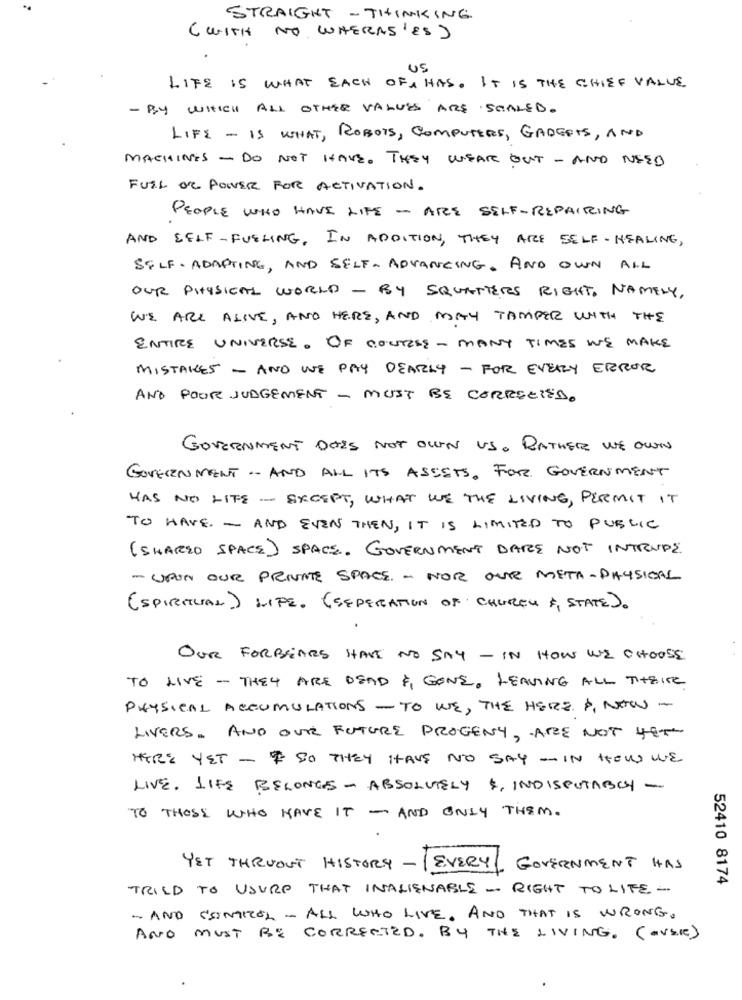
STRAIGHT - THINKING
( WITH NO WHERAS 'ES )
US
LIFE IS WHAT EACH OF 1 HAS. IT IS THE CHIEF VALUE
- BY WHICH ALL OTHER VALUES ARE SEALED .
LIFE - IS WHAT, ROBOTS, COMPUTERS, GADGETS, AND
MACHINES - DO NOT HAVE. THEY WEAR OUT - AND NEED
FUIL OR POWER FOR ACTIVATION.
PEOPLE WHO HAVE LIFE - ARE SELF-REPAIRING
AND SELF-FUELING, IN ADDITION, THEY ARE SELF-HEALING,
SELF- ADAPTING, AND SELF- ADVANCING. AND OWN ALL
OUR PHYSICAL WORLD - BY SQUATTERS RIGHT, NAMELY,
WE ARE ALIVE , AND HERE, AND MAY TAMPER WITH THE
ENTIRE UNIVERSE. OF COURSE - MANY TIMES WE MAKE
MISTAKES - AND WE PAY DEARLY - FOR EVERLY ERROR
AND POOR JUDGEMENT - MUST BE CORRECTED.
GOVERNMENT DOES NOT OWN US. RATHER WE OWN
GOVERNMENT -- AND ALL ITS ASSETS. FOR GOVERNMENT
HAS NO LIFE - EXCEPT, WHAT WE THE LIVING, PERMIT IT
TO HAVE - AND EVEN THEN, IT IS LIMITED TO PUBLIC
(SHARED SPACE) SPACE. GOVERNMENT DARE NOT INTRUPPE.
- UPON OUR PRIVATE SPACE. - NOR OUR META-PHYSICAL
(SPIRITUAL.) LIFE. ( SEPERATION OF CHURCH & STATE).
OUR FORBEARS HAVE NO SAY - IN HOW WE CHOOSE
TO LIVE - THEY ARE DEAD A GONE, LEAVING ALL TIHEITE
PHYSICAL ACCUMULATIONS - TO WE, THE HERE , NEW -
LIVERS. AND OUR FUTURE PROGENY, ARE NOT YET
HERE YET - & SO THEY HAVE NO SAY - IN HOW WE
LIVE. LIFE BELONGS - ABSOLUTELY & INDISPUTABOY -
TO THOSE WHO HAVE IT - AND ONLY THEM.
YET THRUOUT HISTORY -
EVERY
GOVERNMENT HAS
52410 8174
TRIED TO USURE THAT INALIENABLE - RIGHT TO LIFE-
- AND CLINICAL - ALL WHO LIVE. AND THAT IS WRONG.
AND MUST BE CORRECTED. BY THE LIVING. (-VLIE)